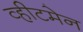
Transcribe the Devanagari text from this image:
व्हीटमेन